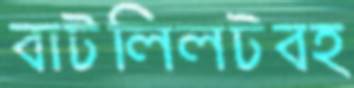
বাটলিলটবহ